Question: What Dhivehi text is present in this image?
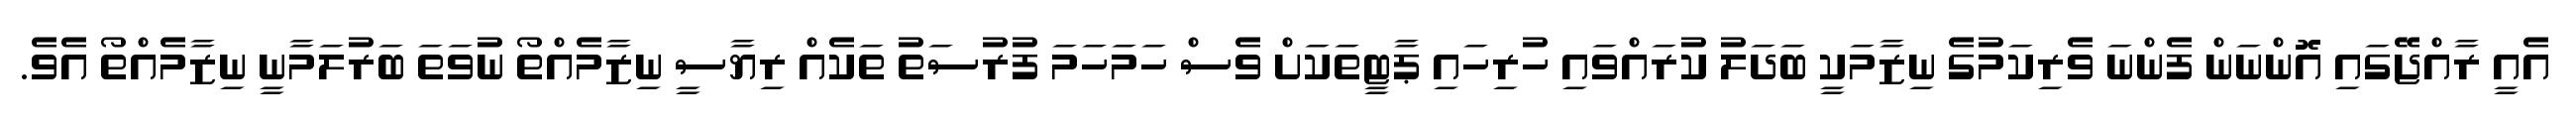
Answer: އެއީ ރާއްޖޭގައި އޮންނަން ފެންނަ ވެރިކަމުގެ ނިޒާމަކީ ބަދަލު ކުރައްވައި ހުރިހައި ޕާޓީތަކަށް ވެސް ހަމަހަމަ ފުރުސަތު ތަކެއް ރިޔާސީ ނިޒާމެއްތޯ ނުވަތަ ބަރުލަމާނީ ނިޒާމެއްތޯ އެވެ.